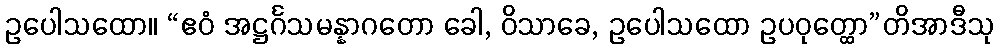
ဥပေါသထော။ “ဧဝံ အဋ္ဌင်္ဂသမန္နာဂတော ခေါ, ဝိသာခေ, ဥပေါသထော ဥပဝုတ္ထော”တိအာဒီသု